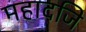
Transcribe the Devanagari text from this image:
महादजि